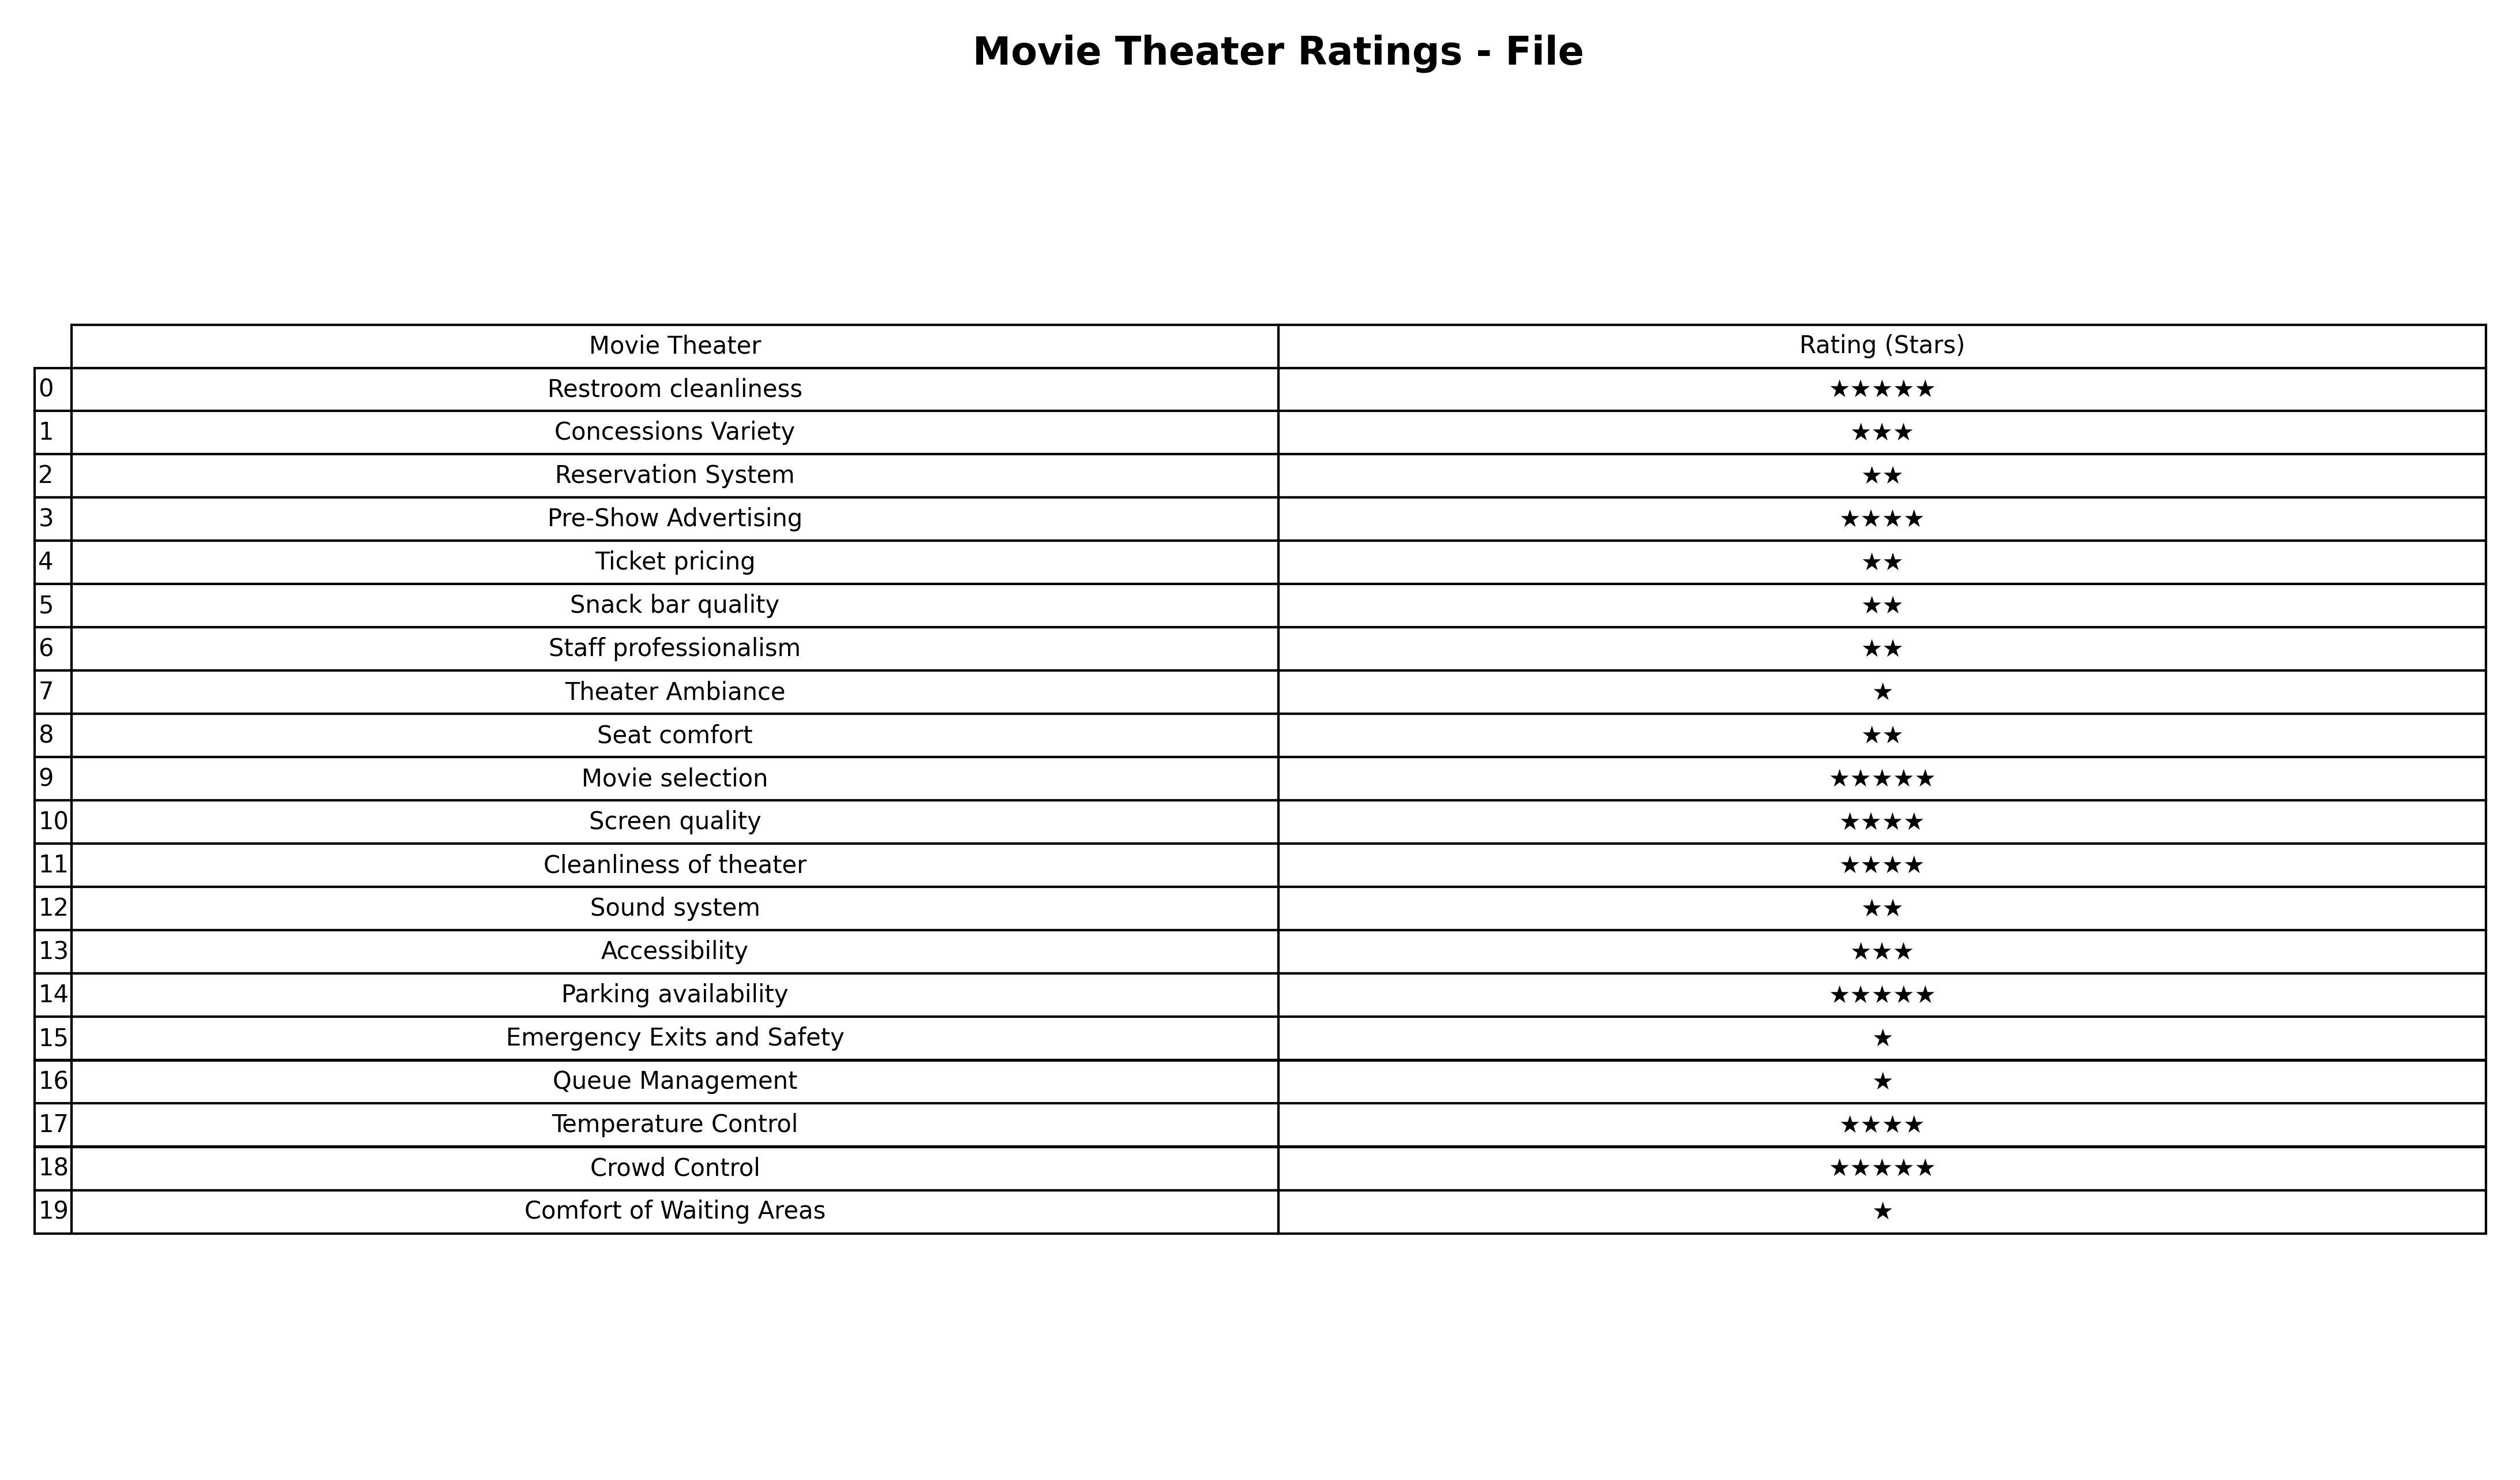
question: What are one star services?
answer: Theater AmbianceEmergency Exits and SafetyQueue ManagementComfort of Waiting Areas